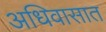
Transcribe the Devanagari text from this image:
अधिवासात